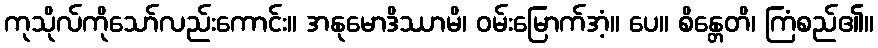
ကုသိုလ်ကိုသော်လည်းကောင်း။ အနုမောဒိဿာမိ၊ ဝမ်းမြောက်အံ့။ ပေ။ စိန္တေတိ၊ ကြံစည်၏။